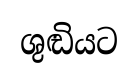
ශුඬියට